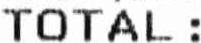
TOTAL: